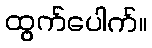
ထွက်ပေါက်။